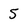
Character: 5